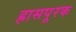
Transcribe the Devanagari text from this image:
ह्रासपूरक